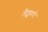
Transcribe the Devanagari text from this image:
लैंड्सबरो